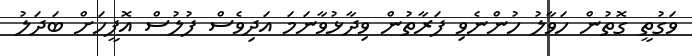
ވަގުތީ ގޮތުން ހަވާލު ހުންނެވި ފަރާތުން ވިދާޅުވާނަމަ އަދިވެސް ފުލުސް އޮފީހަށް ބަދަލު